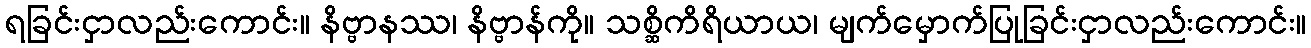
ရခြင်းငှာလည်းကောင်း။ နိဗ္ဗာနဿ၊ နိဗ္ဗာန်ကို။ သစ္ဆိကိရိယာယ၊ မျက်မှောက်ပြုခြင်းငှာလည်းကောင်း။